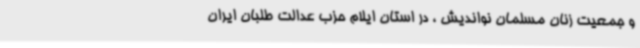
و جمعیت زنان مسلمان نواندیش ، در استان ایلام حزب عدالت طلبان ایران